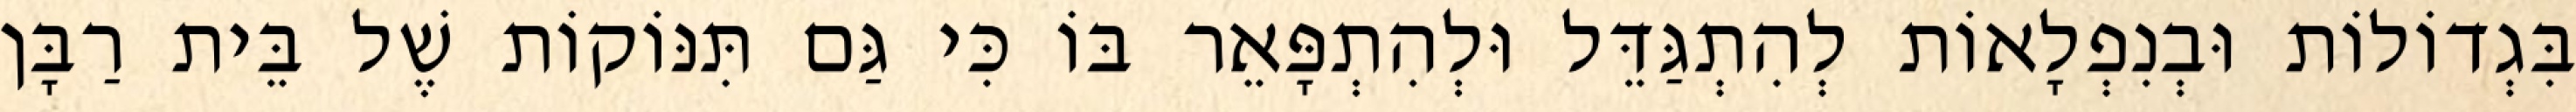
בִּגְדוֹלוֹת וּבְנִפְלָאוֹת לְהִתְגַּדֵּל וּלְהִתְפָּאֵר בּוֹ כִּי גַּם תִּנּוֹקוֹת שֶׁל בֵּית רַבָּן